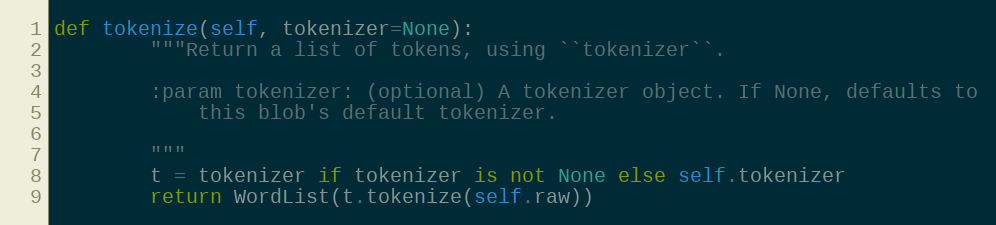
Language: Python
def tokenize(self, tokenizer=None):
        """Return a list of tokens, using ``tokenizer``.

        :param tokenizer: (optional) A tokenizer object. If None, defaults to
            this blob's default tokenizer.

        """
        t = tokenizer if tokenizer is not None else self.tokenizer
        return WordList(t.tokenize(self.raw))